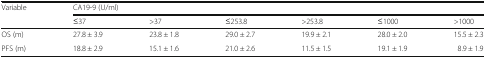
<table><thead><tr><td rowspan="2"><b>Variable</b></td><td colspan="6"><b>CA19-9 (U/ml)</b></td></tr><tr><td><b>≤37</b></td><td><b>&gt;37</b></td><td><b>≤253.8</b></td><td><b>&gt;253.8</b></td><td><b>≤1000</b></td><td><b>&gt;1000</b></td></tr></thead><tbody><tr><td>OS (m)</td><td>27.8 ± 3.9</td><td>23.8 ± 1.8</td><td>29.0 ± 2.7</td><td>19.9 ± 2.1</td><td>28.0 ± 2.0</td><td>15.5 ± 2.3</td></tr><tr><td>PFS (m)</td><td>18.8 ± 2.9</td><td>15.1 ± 1.6</td><td>21.0 ± 2.6</td><td>11.5 ± 1.5</td><td>19.1 ± 1.9</td><td>8.9 ± 1.9</td></tr></tbody></table>